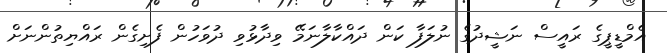
އެމްޑީޕީގެ ރައީސް ނަޝީދުގެ ނުލަފާ ކަން ދައްކާލާނަމޭ ވިދާޅުވި ދުވަހުން ފެށިގެން ރަައްޔިތުންނަށް